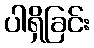
ပါရှိခြင်း